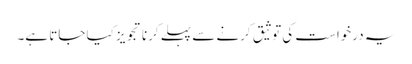
یہ درخواست کی توثیق کرنے سے پہلے کرنا تجویز کیا جاتا ہے۔